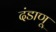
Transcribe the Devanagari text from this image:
दंडाणू